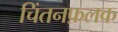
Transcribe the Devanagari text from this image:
चिंतनफ़लक